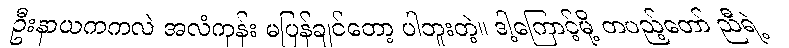
ဦးနာယကကလဲ အလံကုန်း မပြန်ချင်တော့ ပါဘူးတဲ့။ ဒါ့ကြောင့်မို့ တပည့်တော် ညီရဲ့